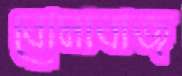
বোমাবাজ